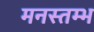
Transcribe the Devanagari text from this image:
मनस्तम्भ